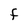
Character: F